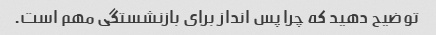
توضیح دهید که چرا پس انداز برای بازنشستگی مهم است.